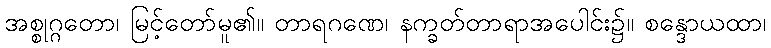
အစ္စုဂ္ဂတော၊ မြင့်တော်မူ၏။ တာရဂဏေ၊ နက္ခတ်တာရာအပေါင်း၌။ စန္ဒောယထာ၊